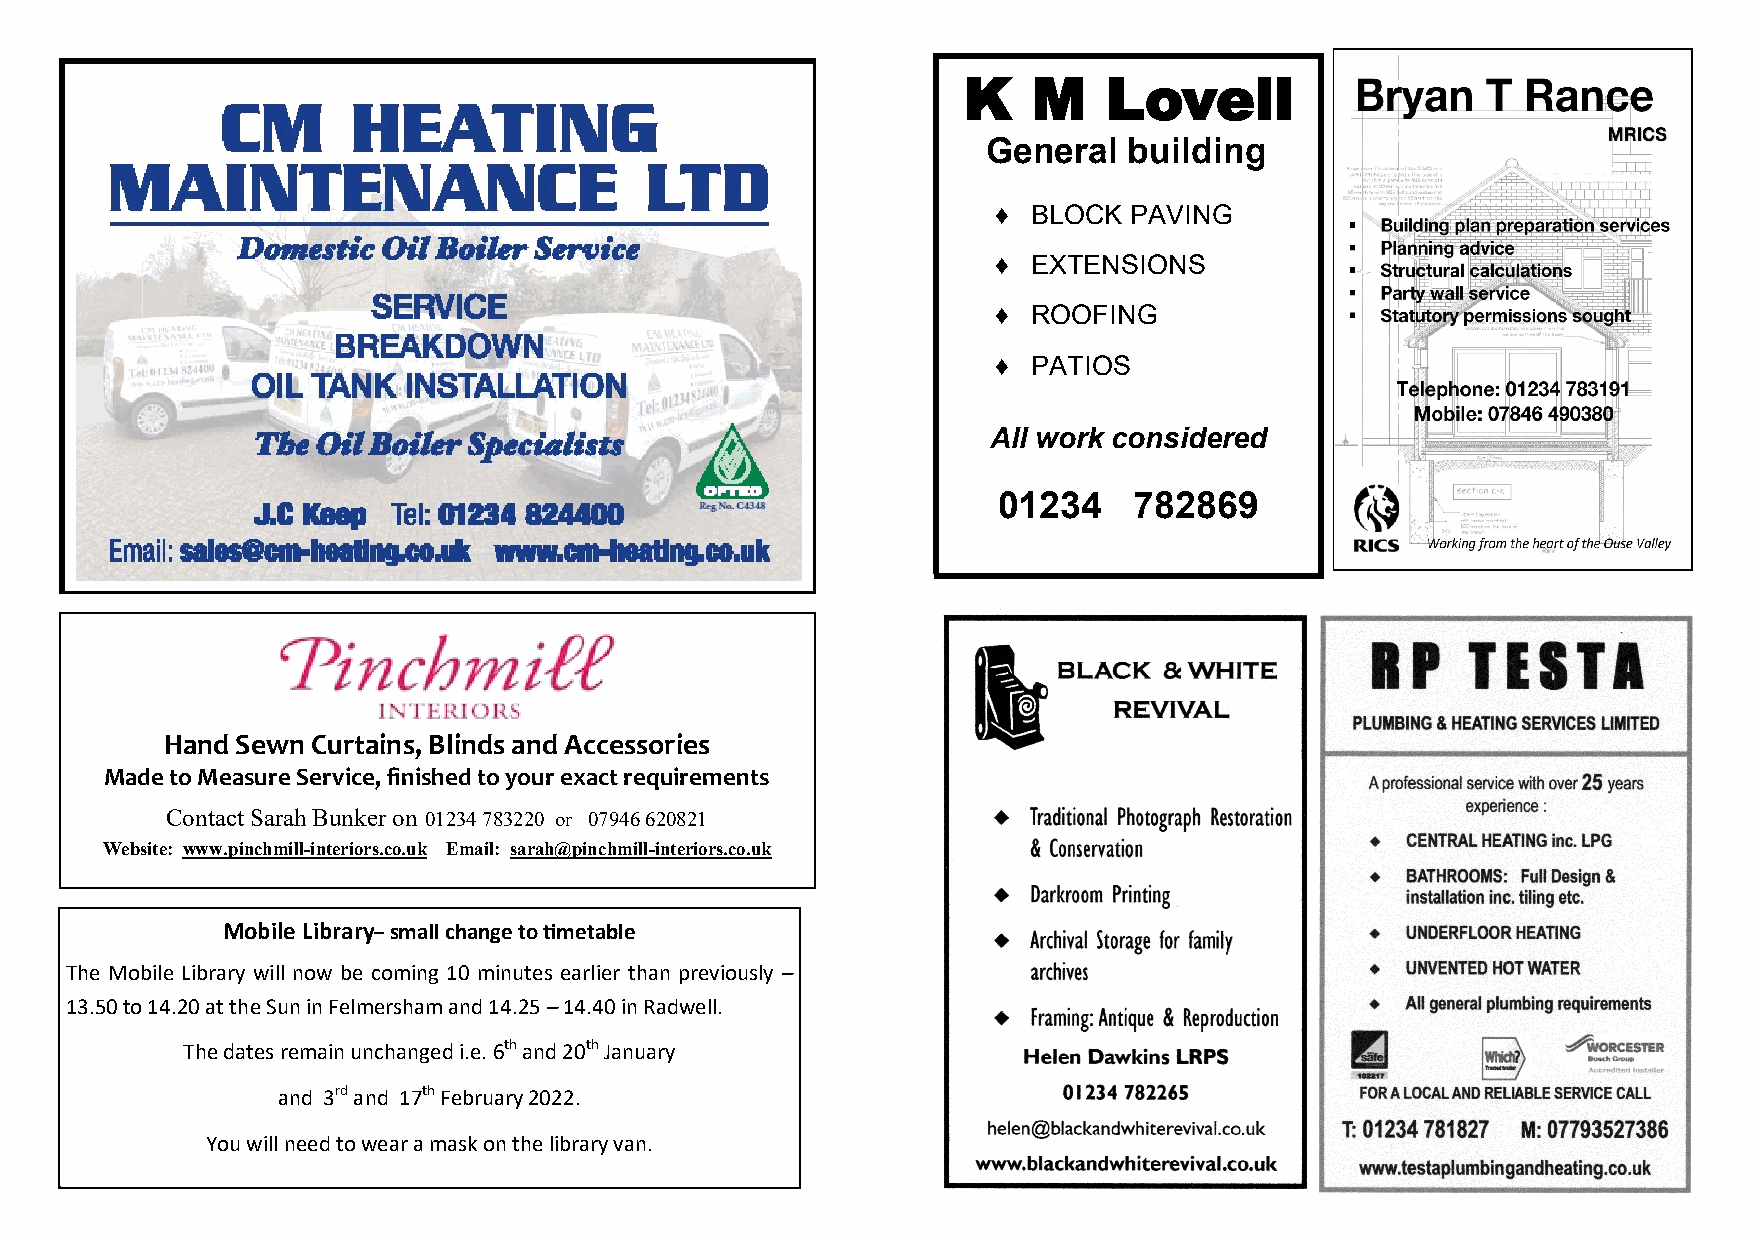
K   M    Lovell
 General   building
 ♦ BLOCK  PAVING
 ♦ EXTENSIONS
 ♦ ROOFING
 ♦ PATIOS
 All work considered
 01234    782869
 Hand Sewn Curtains, Blinds and Accessories
 Made to Measure Service, finished to your exact requirements
 Contact Sarah Bunker on 01234 783220 or 07946 620821
 Website: www.pinchmill-interiors.co.uk Email: sarah@pinchmill-interiors.co.uk
 Mobile Library– small change to timetable
 The Mobile Library will now be coming 10 minutes earlier than previously –
 13.50 to 14.20 at the Sun in Felmersham and 14.25 – 14.40 in Radwell.
 The dates remain unchanged i.e. 6th and 20th January
 and 3rd and 17th February 2022.
 You will need to wear a mask on the library van.